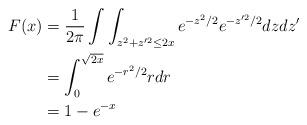
LaTeX: \begin{align*}F(x) &= \frac{1}{2 \pi} \int \int_{z^2 + z'^2 \leq 2x} e^{-z^2/2} e^{-z'^2/2} dz dz' \\&= \int_0^{\sqrt{2x}} e^{-r^2/2} r dr \\&= 1 - e^{-x}\end{align*}